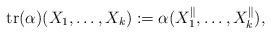
LaTeX: \begin{align*} \mathrm{tr}(\alpha)(X_{1},\ldots,X_{k}):=\alpha(X_{1}^{\parallel},\ldots,X_{k}^{\parallel}),\end{align*}